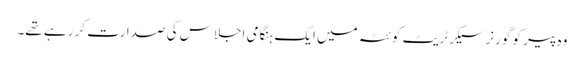
وہ پیر کو گورنر سیکرٹریٹ کوئٹہ میں ایک ہنگامی اجلاس کی صدارت کر رہے تھے۔